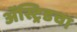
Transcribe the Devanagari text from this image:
ॲस्ट्रिडचा